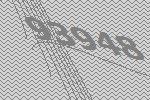
93948